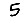
Digit: 5